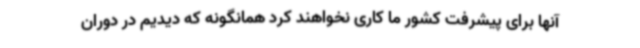
آنها برای پیشرفت کشور ما کاری نخواهند کرد همانگونه که دیدیم در دوران